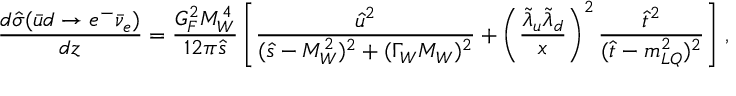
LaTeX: { \frac { d \hat { \sigma } ( \bar { u } d \to e ^ { - } \bar { \nu } _ { e } ) } { d z } } = { \frac { G _ { F } ^ { 2 } M _ { W } ^ { 4 } } { 1 2 \pi \hat { s } } } \left[ { \frac { \hat { u } ^ { 2 } } { ( \hat { s } - M _ { W } ^ { 2 } ) ^ { 2 } + ( \Gamma _ { W } M _ { W } ) ^ { 2 } } } + \left( { \frac { \tilde { \lambda } _ { u } \tilde { \lambda } _ { d } } { x } } \right) ^ { 2 } { \frac { \hat { t } ^ { 2 } } { ( \hat { t } - m _ { L Q } ^ { 2 } ) ^ { 2 } } } \right] \, ,